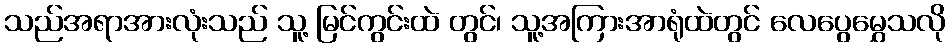
သည်အရာအားလုံးသည် သူ့ မြင်ကွင်းထဲ တွင်၊ သူ့အကြားအာရုံထဲတွင် လေပွေမွှေသလို